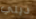
ديلي